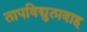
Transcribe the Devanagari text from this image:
तापविद्युत्प्रवाह